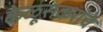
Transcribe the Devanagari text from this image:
केळूसकरांचे